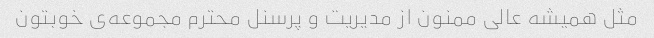
مثل همیشه عالی ممنون از مدیریت و پرسنل محترم مجموعه‌ی خوبتون